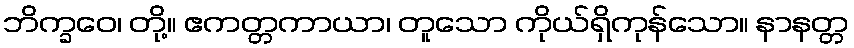
ဘိက္ခဝေ၊ တို့။ ဧကတ္တကာယာ၊ တူသော ကိုယ်ရှိကုန်သော။ နာနတ္တ